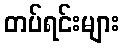
တပ်ရင်းများ